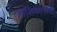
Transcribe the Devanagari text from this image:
जालिकारूपी